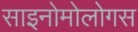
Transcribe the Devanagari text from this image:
साइनोमोलोगस